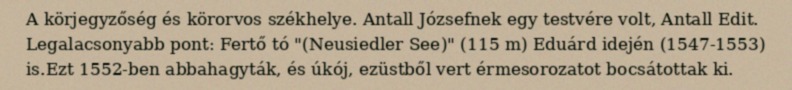
A körjegyzőség és körorvos székhelye. Antall Józsefnek egy testvére volt, Antall Edit. Legalacsonyabb pont: Fertő tó "(Neusiedler See)" (115 m) Eduárd idején (1547-1553) is.Ezt 1552-ben abbahagyták, és úkój, ezüstből vert érmesorozatot bocsátottak ki.